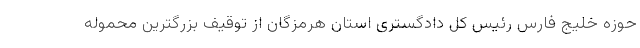
حوزه خلیج فارس رئیس کل دادگستری استان هرمزگان از توقیف بزرگترین محموله